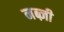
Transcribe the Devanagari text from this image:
नब्ज़ी